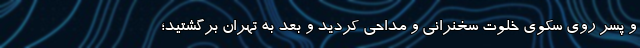
و پسر روی سکوی خلوت سخنرانی و مداحی کردید و بعد به تهران برگشتید؛